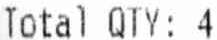
TOTAL QTY: 4